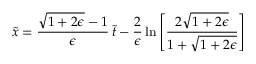
\tilde { x } = { \frac { \sqrt { 1 + 2 \epsilon } - 1 } { \epsilon } } \, \tilde { t } - { \frac { 2 } { \epsilon } } \, \mathrm { l n } \left[ { \frac { 2 \sqrt { 1 + 2 \epsilon } } { 1 + \sqrt { 1 + 2 \epsilon } } } \right]